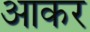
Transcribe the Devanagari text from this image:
अाकर